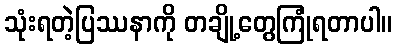
သုံးရတဲ့ပြဿနာကို တချို့တွေကြုံရတာပါ။